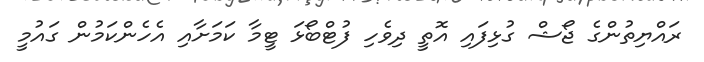
ރައްޔިތުންގެ ޖޯޝް ގުޅިފައި އޮތީ ދިވެހި ފުޓްބޯޅަ ޓީމާ ކަމަށާއި އެހެންކަމުން ގައުމީ